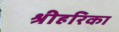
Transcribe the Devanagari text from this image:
श्रीहरिका